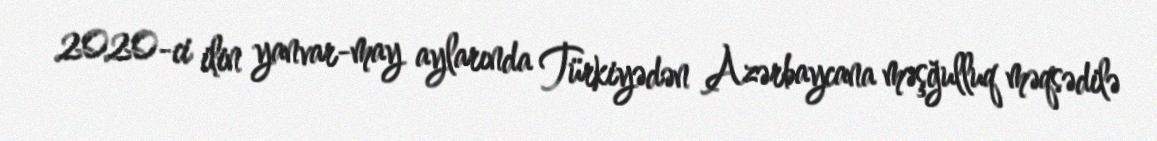
2020-ci ilin yanvar-may aylarında Türkiyədən Azərbaycana məşğulluq məqsədilə